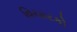
વિચારકો